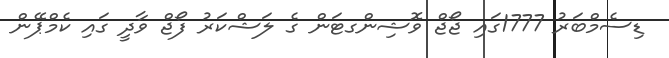
ޑިސެމްބަރު 1777ގައި ޖޯޖް ވޮޝިންގޓަން ގެ ލަޝްކަރު ފޯޖް ވާދީ ގައި ކެމްޕޭން